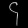
Digit: ၄